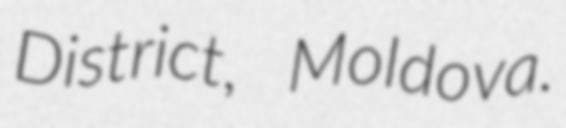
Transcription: District, Moldova.